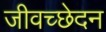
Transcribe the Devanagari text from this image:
जीवच्छेदन